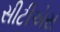
સીટીએસ